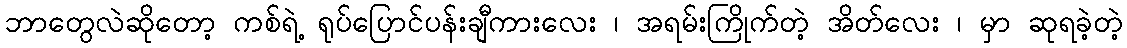
ဘာတွေလဲဆိုတော့ ကစ်ရဲ့ ရုပ်ပြောင်ပန်းချီကားလေး ၊ အရမ်းကြိုက်တဲ့ အိတ်လေး ၊ မှာ ဆုရခဲ့တဲ့